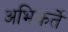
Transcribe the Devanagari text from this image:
अभिकर्ते